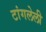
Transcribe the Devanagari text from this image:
टांगलेली